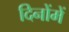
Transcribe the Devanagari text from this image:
दिनोंमें